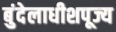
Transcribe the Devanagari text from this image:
बुंदेलाधीशपूज्य